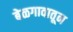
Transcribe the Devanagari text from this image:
बेळगावातून